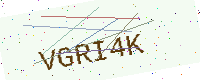
Text: VGRI4K